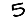
Digit: 5